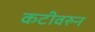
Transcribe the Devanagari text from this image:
कटीवरुन